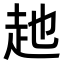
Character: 𧺏